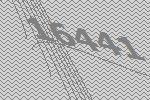
16441